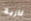
غازية